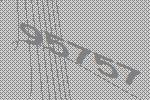
95757